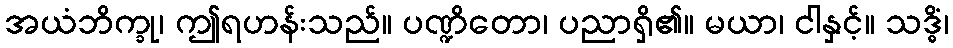
အယံဘိက္ခု၊ ဤရဟန်းသည်။ ပဏ္ဍိတော၊ ပညာရှိ၏။ မယာ၊ ငါနှင့်။ သဒ္ဓိံ၊